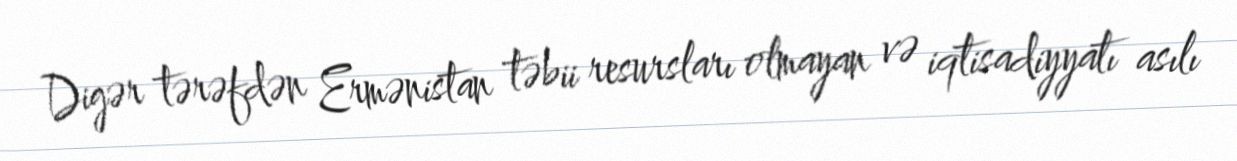
Digər tərəfdən Ermənistan təbii resursları olmayan və iqtisadiyyatı asılı